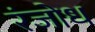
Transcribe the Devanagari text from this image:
रंजोध